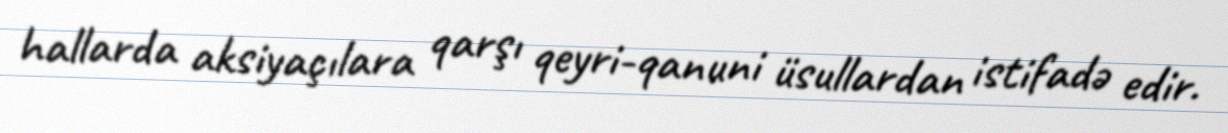
hallarda aksiyaçılara qarşı qeyri-qanuni üsullardan istifadə edir.